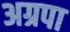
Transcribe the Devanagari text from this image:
अग्रपा